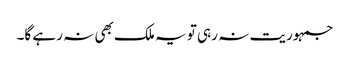
جمہوریت نہ رہی تو یہ ملک بھی نہ رہے گا۔